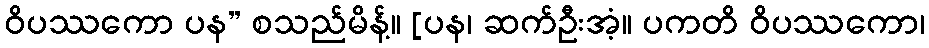
ဝိပဿကော ပန” စသည်မိန့်။ [ပန၊ ဆက်ဦးအံ့။ ပကတိ ဝိပဿကော၊